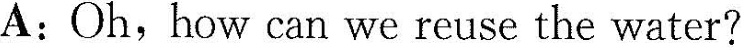
A:Oh, how can we reuse the water?